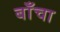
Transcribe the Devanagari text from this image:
बाँचा